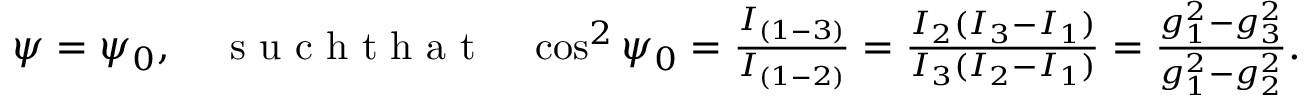
\begin{array} { r } { \psi = \psi _ { 0 } , \quad \mathrm { ~ s ~ u ~ c ~ h ~ t ~ h ~ a ~ t ~ } \quad \cos ^ { 2 } \psi _ { 0 } = \frac { I _ { ( 1 - 3 ) } } { I _ { ( 1 - 2 ) } } = \frac { I _ { 2 } ( I _ { 3 } - I _ { 1 } ) } { I _ { 3 } ( I _ { 2 } - I _ { 1 } ) } = \frac { g _ { 1 } ^ { 2 } - g _ { 3 } ^ { 2 } } { g _ { 1 } ^ { 2 } - g _ { 2 } ^ { 2 } } . } \end{array}